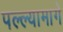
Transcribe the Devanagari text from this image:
पल्ल्यामागे